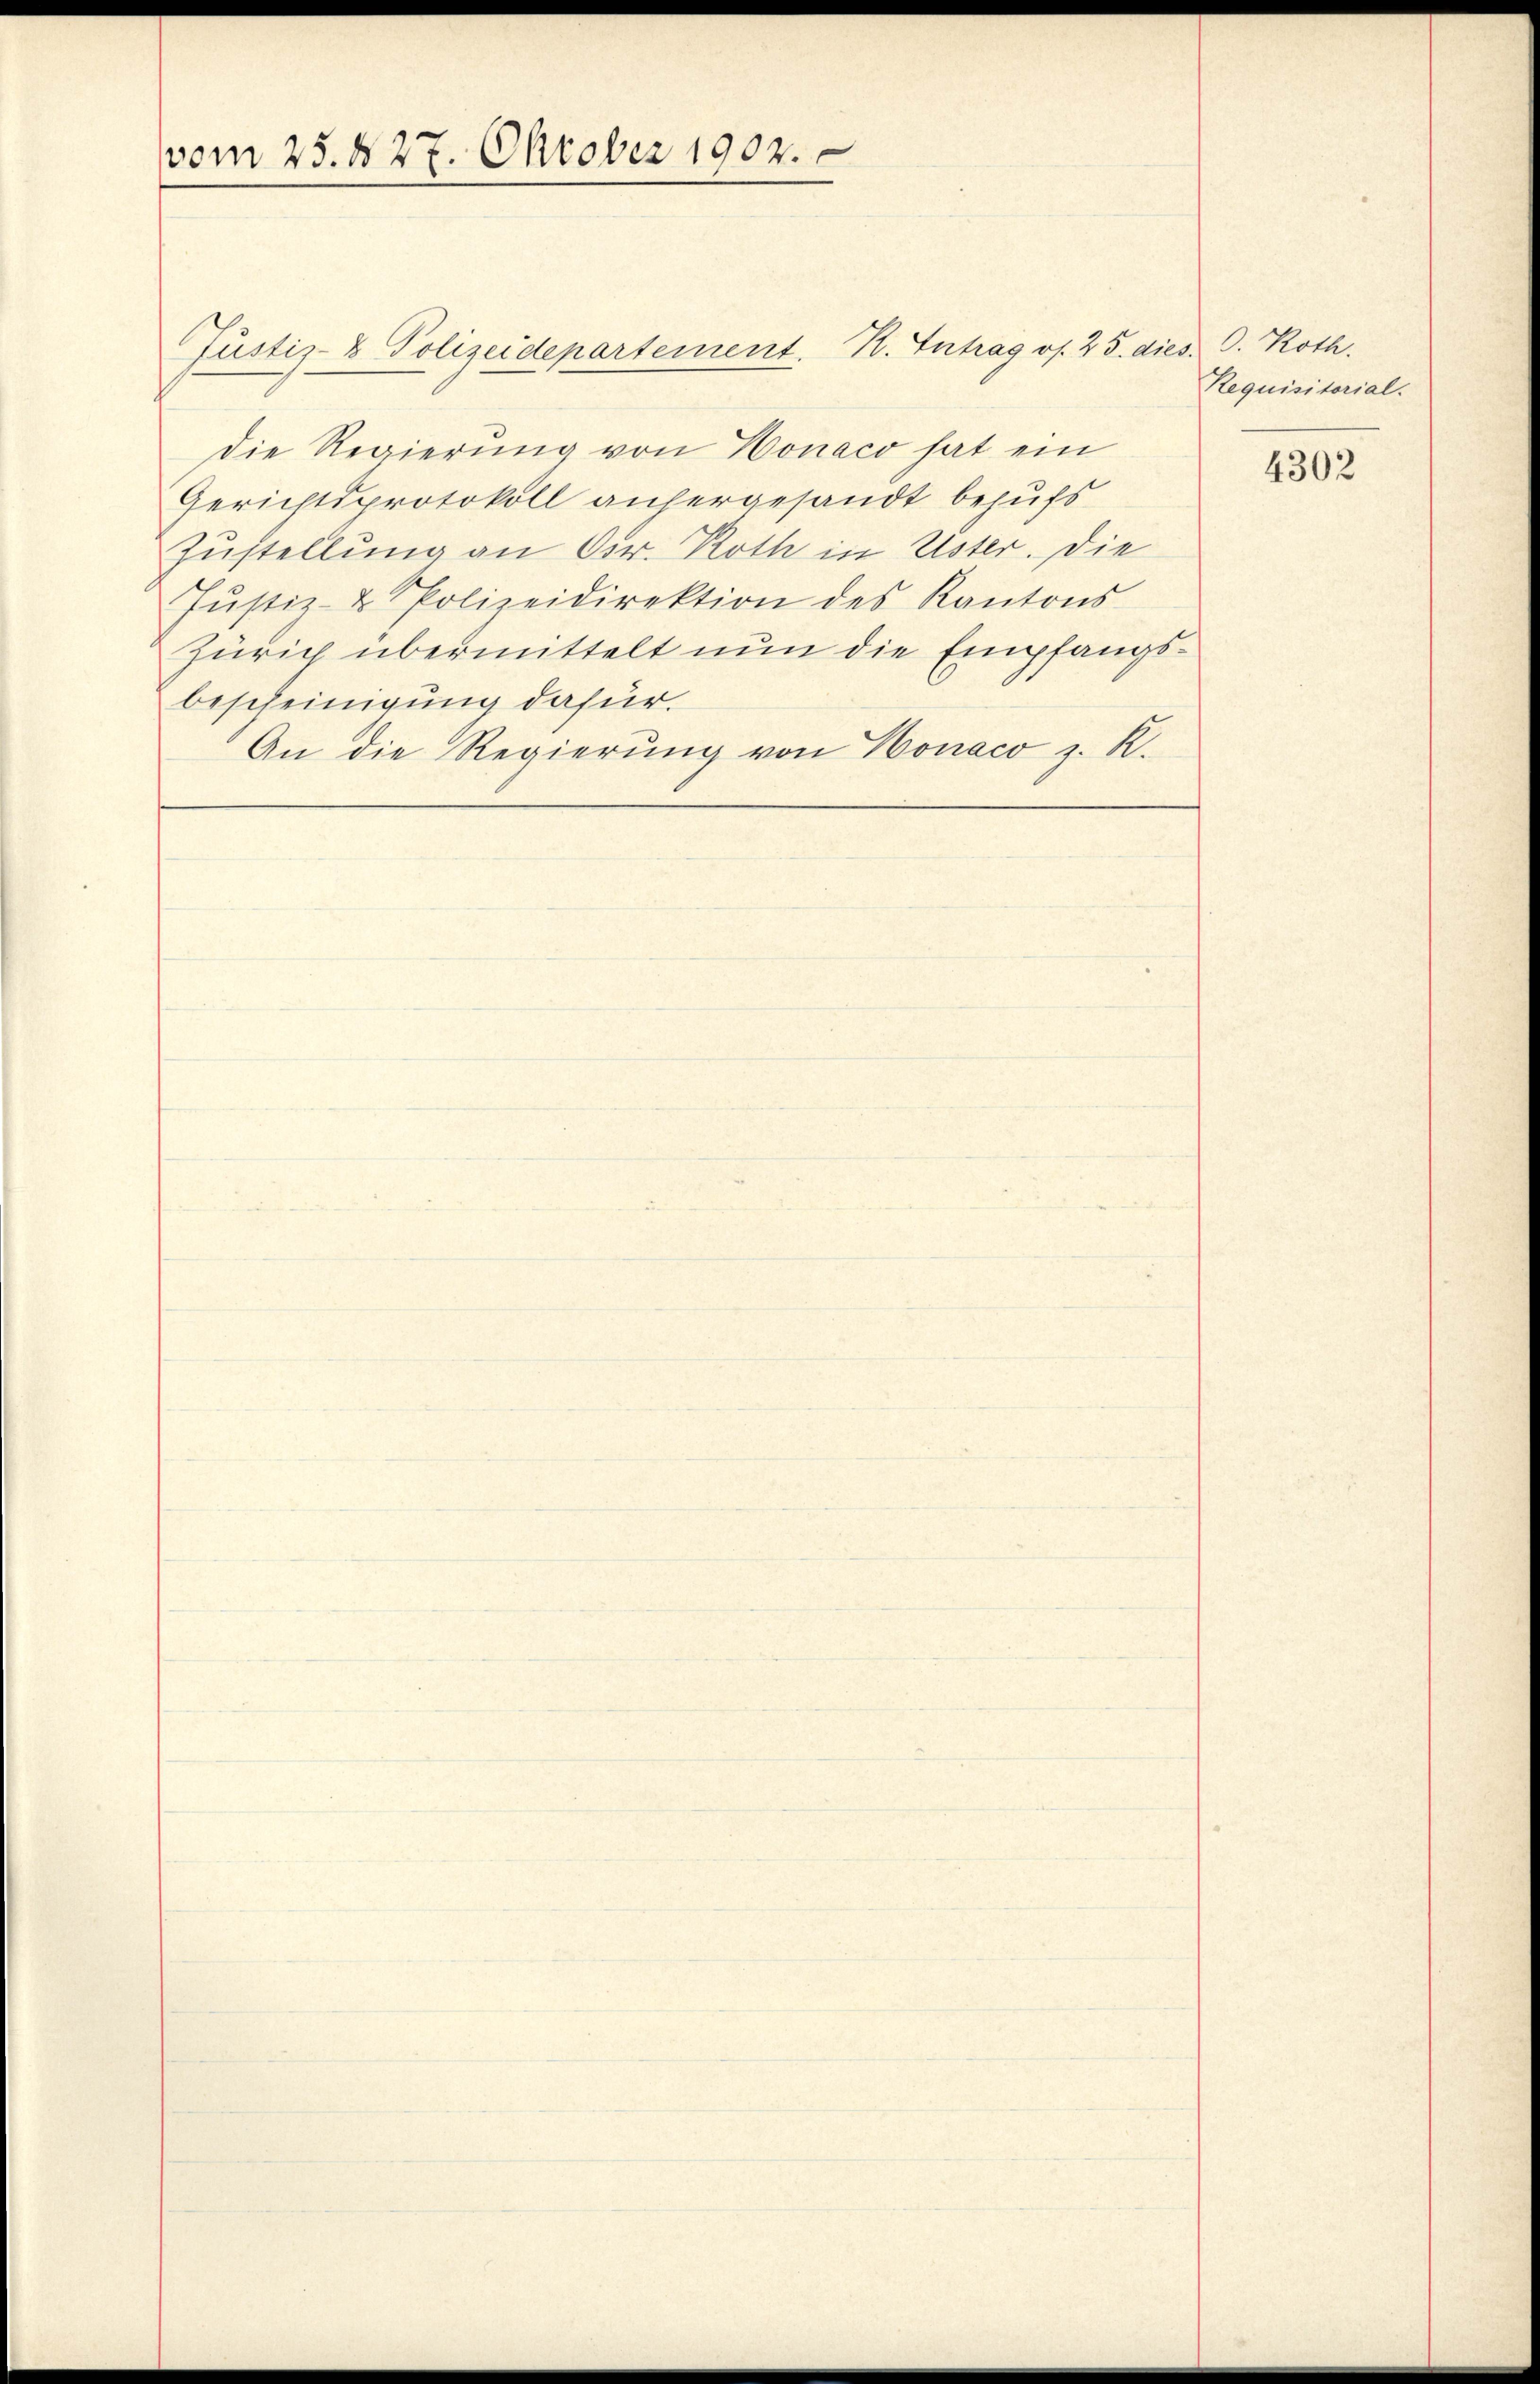
vom 25. d. 27. Oktober 1902.

Justiz- & Polizeidepartement. K. Antrag os. 25. dies. G. Roth.
die Regierung von Honaco hat ein
Gerichtsprotokoll anhergesandt behufs
Zustellung an Cur. Roth in Uster. Die
Jŭstiz- & Polizeidirektion des Kantons-
Zürich übermittelt nun die Empfangsbescheinigung dafür.
An die Regierŭng von Honaco z. R.

Requisitorial.

4302